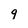
Character: q